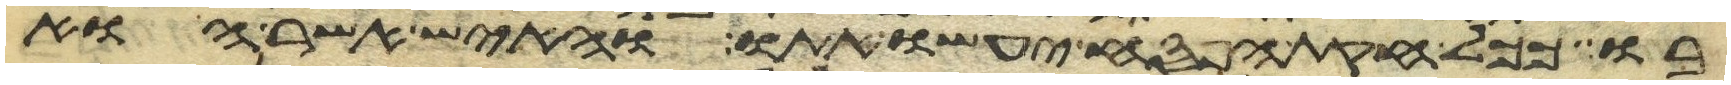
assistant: בו ככל חקות הפסח יעשו אתו והאיש אשר הוא